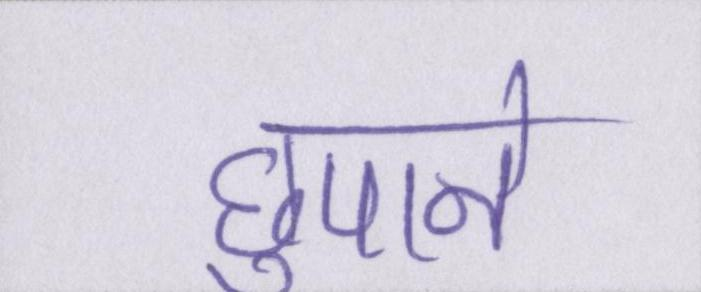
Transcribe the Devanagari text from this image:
छुपाने